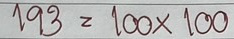
193 = 100x100